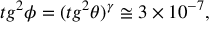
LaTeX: t g ^ { 2 } \phi = ( t g ^ { 2 } \theta ) ^ { \gamma } \cong 3 \times 1 0 ^ { - 7 } ,